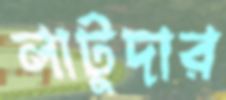
লাটুদার